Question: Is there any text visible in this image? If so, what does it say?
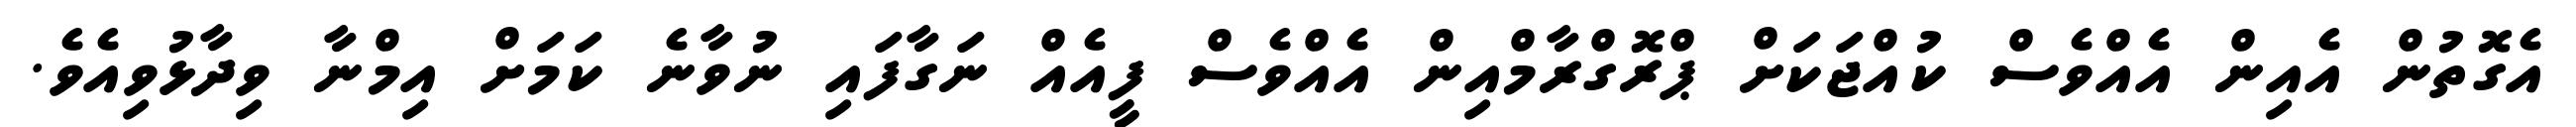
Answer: އެގޮތުން އެއިން އެއްވެސް ކުއްޖަކަށް ޕްރޮގްރާމްއިން އެއްވެސް ފީއެއް ނަގާފައި ނުވާނެ ކަމަށް އިމްނާ ވިދާޅުވިއެވެ.